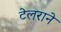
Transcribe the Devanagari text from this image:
टेलराने